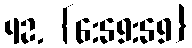
42. {6:59:59}